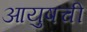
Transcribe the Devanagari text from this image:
आयुषची